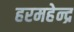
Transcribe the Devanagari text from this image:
हरमहेन्द्र